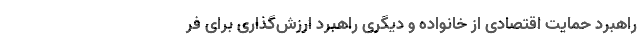
راهبرد حمایت اقتصادی از خانواده و دیگری راهبرد ارزش‌گذاری برای فر